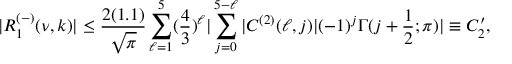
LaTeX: | R _ { 1 } ^ { ( - ) } ( \nu , k ) | \leq \frac { 2 ( 1 . 1 ) } { \sqrt { \pi } } \sum _ { \ell = 1 } ^ { 5 } ( \frac { 4 } { 3 } ) ^ { \ell } | \sum _ { j = 0 } ^ { 5 - \ell } | C ^ { ( 2 ) } ( \ell , j ) | ( - 1 ) ^ { j } \Gamma ( j + \frac { 1 } { 2 } ; \pi ) | \equiv C _ { 2 } ^ { \prime } ,